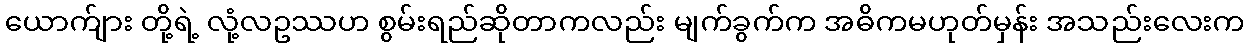
ယောက်ျား တို့ရဲ့ လုံ့လဥဿဟ စွမ်းရည်ဆိုတာကလည်း မျက်ခွက်က အဓိကမဟုတ်မှန်း အသည်းလေးက